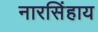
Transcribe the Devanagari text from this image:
नारसिंहाय